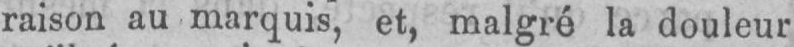
raison au marquis, et, malgré la douleur